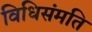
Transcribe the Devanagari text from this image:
विधिसंमति